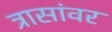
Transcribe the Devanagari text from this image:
त्रासांवर